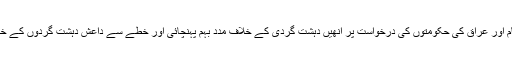
انھوں نے کہا کہ شہید میجر جنرل سلیمانی نے شام اور عراق کی حکومتوں کی درخواست پر انھیں دہشت گردی کے خلاف مدد بہم پہنچائی اور خطے سے داعش دہشت گردوں کے خاتمہ کے سلسلے میں اہم اور بنیادی کردار ادا کیا ۔